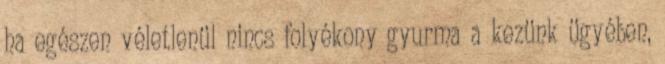
ha egészen véletlenül nincs folyékony gyurma a kezünk ügyében,